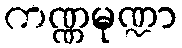
ကဏ္ဏမုဏ္ဍာ